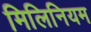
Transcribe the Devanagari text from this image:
मिलिनियम